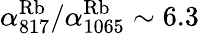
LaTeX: \alpha_{817}^{\mathrm{Rb}}/\alpha_{1065}^{\mathrm{Rb}}\sim 6.3